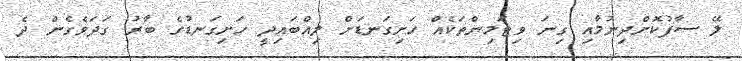
ލޭ ސާފުކޮށްދިނުމާއި ގިނަ ވިޓަމިންތަކެއް ހަށިގަނޑަށް ލިއްބައިދީ ހަށިގަނޑުގެ ބާރު ގަދަވެގެން ދެ